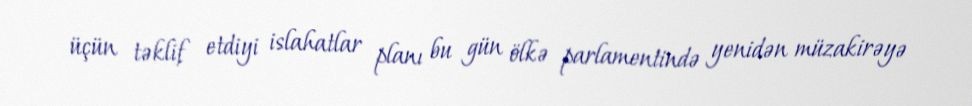
üçün təklif etdiyi islahatlar planı bu gün ölkə parlamentində yenidən müzakirəyə